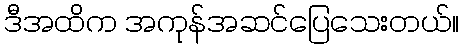
ဒီအထိက အကုန်အဆင်ပြေသေးတယ်။